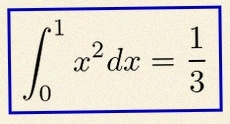
\int_0^1 x^2dx=\frac13